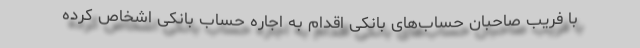
با فریب صاحبان حساب‌های بانکی اقدام به اجاره حساب بانکی اشخاص کرده